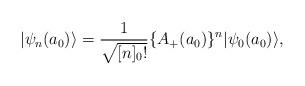
LaTeX: \begin{align*}|\psi_n(a_0)\rangle =\frac{1}{\sqrt{[n]_0!}}\{A_+(a_0)\}^n|\psi_0(a_0)\rangle ,\end{align*}